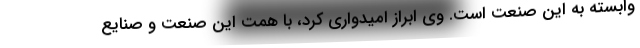
وابسته به این صنعت است. وی ابراز امیدواری کرد، با همت این صنعت و صنایع